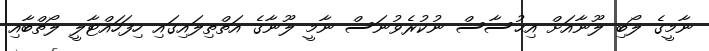
ނާމީގެ ލޯބި ލޫނާއަށް އިޙުސާސް ނުކުރެވުނަސް ނާމީ ލޫނާގެ އަތްތިލައިގައި ހިފަހައްޓާލީ ލޯތްބާއި